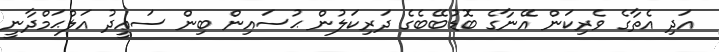
އަދި އެތާގެ ވެރިކަން އޭނާގެ ބޮޑުބޭބެގެ ދަރިކަލުން ޙުސައިން ބިން ސަޢީދު އަލްޙަމްދާނީ